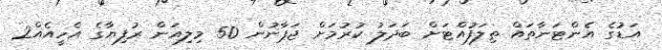
އަޑުގެ އެންޓަނާތައް ތިލަފުއްޓަށް ބަދަލު ކުރުމަށް ޖަޕާނުން 50 މިލިއަން ރުފިޔާގެ އެހީއެއް2